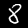
Label: 8